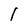
Character: 1